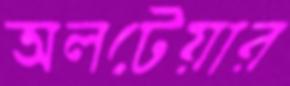
অলটেয়ার